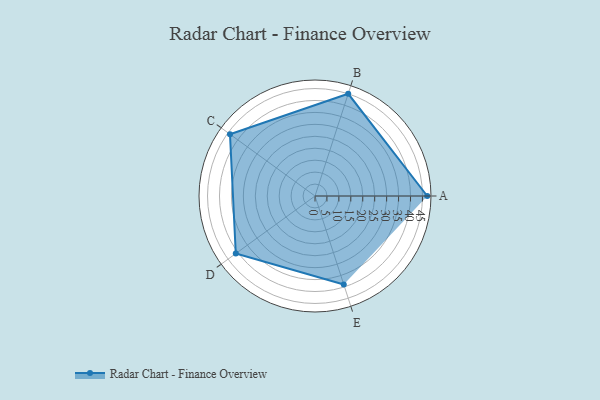
{"axis": {"x": "Skill", "y": "Score"}, "legend": ["Profile"], "data": [{"x": "A", "y": 47.0, "type": "Profile"}, {"x": "B", "y": 45.0, "type": "Profile"}, {"x": "C", "y": 44.0, "type": "Profile"}, {"x": "D", "y": 41.0, "type": "Profile"}, {"x": "E", "y": 39.0, "type": "Profile"}]}